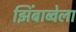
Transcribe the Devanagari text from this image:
झिंबाब्वेला